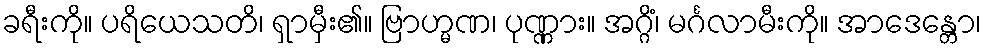
ခရီးကို။ ပရိယေသတိ၊ ရှာမှီး၏။ ဗြာဟ္မဏ၊ ပုဏ္ဏား။ အဂ္ဂိံ၊ မင်္ဂလာမီးကို။ အာဒေန္တော၊